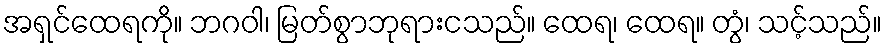
အရှင်ထေရကို။ ဘဂဝါ၊ မြတ်စွာဘုရားငသည်။ ထေရ၊ ထေရ။ တွံ၊ သင့်သည်။